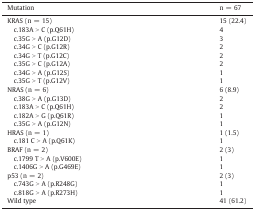
| Mutation | n = 67 |
 | --- | --- |
 | KRAS (n = 15) | 15 (22.4) |
 | c.183A > C (p.Q61H) | 4 |
 | c.35G > A (p.G12D) | 3 |
 | c.34G > C (p.G12R) | 2 |
 | c.34G > T (p.G12C) | 2 |
 | c.35G > C (p.G12A) | 2 |
 | c.34G > A (p.G12S) | 1 |
 | c.35G > T (p.G12V) | 1 |
 | NRAS (n = 6) | 6 (8.9) |
 | c.38G > A (p.G13D) | 2 |
 | c.183A > C (p.Q61H) | 2 |
 | c.182A > G (p.Q61R) | 1 |
 | c.35G > A (p.G12N) | 1 |
 | HRAS (n = 1) | 1 (1.5) |
 | c.181 C > A (p.Q61K) | 1 |
 | BRAF (n = 2) | 2 (3) |
 | c.1799 T > A (p.V600E) | 1 |
 | c.1406G > A (p.G469E) | 1 |
 | p53 (n = 2) | 2 (3) |
 | c.743G > A (p.R248G) | 1 |
 | c.818G > A (p.R273H) | 1 |
 | Wild type | 41 (61.2) |